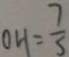
O H = \frac { 7 } { 5 }